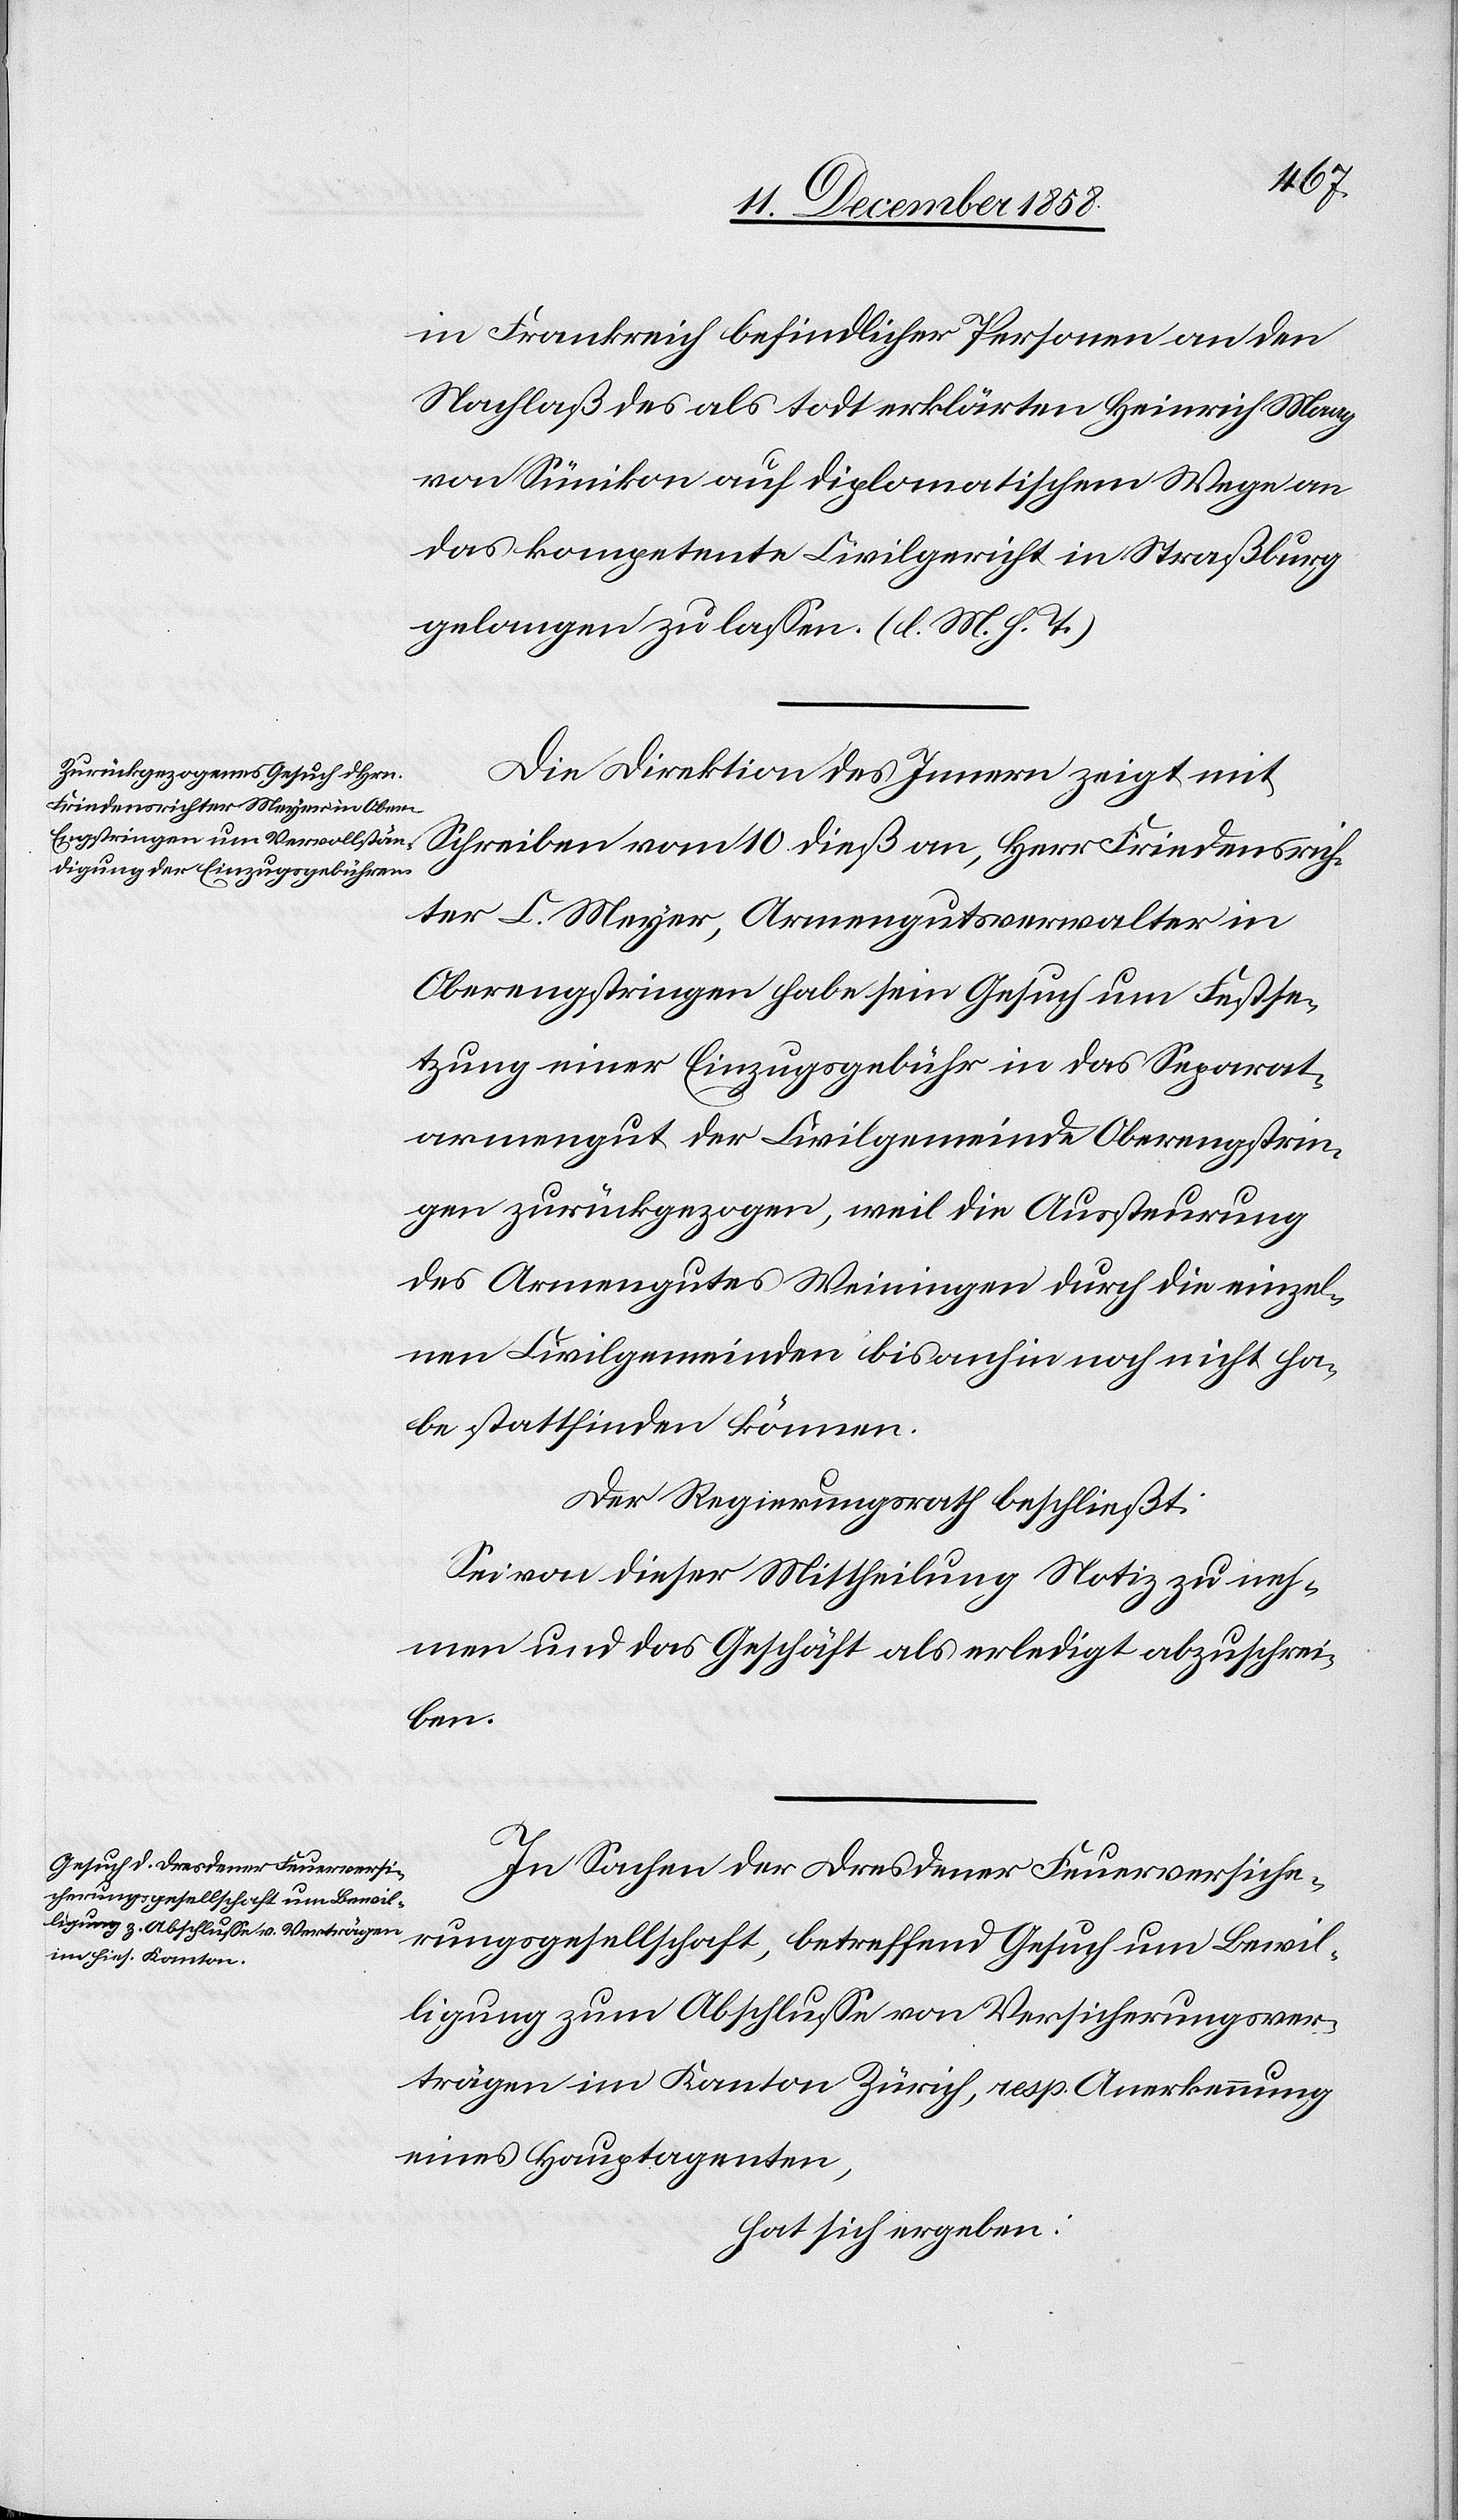
Bewil¬
in Frankreich befindlicher Personen an den
Nachlaß des als todt erklärten Heinrich Maag
von Sünikon auf diplomatischem Wege an
das kompetente Civilgericht in Straßburg
gelangen zu lassen. (l. M. h. T.)
Die Direktion des Innern zeigt mit
Schreiben vom 10. dieß an, Herr Friedensrich¬
ter C. Meyer, Armengutsverwalter in
Oberengstringen habe sein Gesuch um Festse¬
tzung einer Einzugsgebühr in das Separat¬
armengut der Civilgemeinde Oberengstrin¬
gen zurückgezogen, weil die Aussteurung
des Armengutes Weiningen durch die einzel¬
nen Civilgemeinden bis anhin noch nicht ha¬
be stattfinden können.
Der Regierungsrath beschließt:
Sei von dieser Mittheilung Notiz zu neh¬
men und das Geschäft als erledigt abzuschrei¬
fend
In Sachen der Dresdener Feuerversiche¬
rungsgesellschaft, betref¬
ligung zum Abschlusse von Versicherungsver¬
trägen im Kanton Zürich, resp. Anerkennung
eines Hauptagenten,
hat sich ergeben: